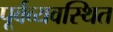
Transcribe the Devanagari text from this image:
पूर्वव्यवस्थित